Report of the Municipal Commissioner on the plague in Bombay for the year ending 31st May... - Volume 2
Disease focus: Plague
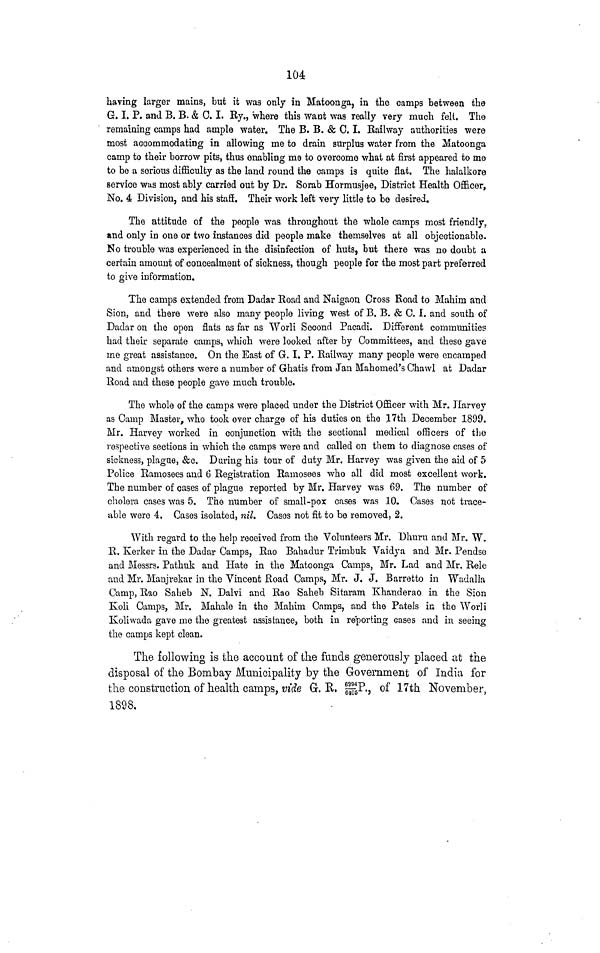
104
having larger mains, but it was only in Matoonga, in the camps between the
G. I. P. and B. B. & 0.1. By., where this want was really very much felt. The
remaining camps had ample water. The B. B. & 0.1. Railway authorities were
most accommodating in allowing me to drain surplus water from the Matoonga
camp to their borrow pits, thus enabling me to overcome what at first appeared to me
to be a serious difficulty as the land round the camps is quite flat. The halalkore
service was most ably carried out by Dr. Sorab Hormusjee, District Health Officer,
No. 4 Division, and his staff. Their work left very little to be desired.
The attitude of the people was throughout the whole camps most friendly,
and only in one or two instances did people make themselves at all objectionable.
No trouble was experienced in the disinfection of huts, but there was no doubt a
certain amount of concealment of sickness, though people for the most part preferred
to give information.
The camps extended from Dadar Road and Naigaon Cross Road to Mahim and
Sion, and there were also many people living west of B. B. & C. I. and south of
Dadar on the open flats as far as Worli Second Pacacli. Different communities
had their separate camps, which were looked after by Committees, and these gave
me great assistance. On the East of G. I. P. Railway many people were encamped
and amongst others were a number of Ghatis from Jan Mahomed's Chawl at Dadar
Road and these people gave much trouble.
The whole of the camps were placed under the District Officer with Mr. Harvey
as Camp Master, who took over charge of his duties on the 17th December 1899.
Mr. Harvey worked in conjunction with the sectional medical officers of the
respective sections in which the camps were and called on them to diagnose cases of
sickness, plague, &c. During his tour of duty Mr. Harvey was given the aid of 5
Police Ramosees and 6 Registration Ramosees who all did most excellent work.
The number of cases of plague reported by Mr. Harvey was 69. The number of
cholera cases was 5. The number of small-pox cases was 10. Cases not trace-
able were 4. Cases isolated, nil. Casos not fit to be removed, 2.
With regard to the help received from the Volunteers Mr. Dhuru and Mr. W.
R. Kerker in the Dadar Camps, Rao Bahadur Trimbuk Vaidya and Mr. Pendse
and Messrs. Pathuk and Hate in the Matoonga Camps, Mr. Lad and Mr. Rele
and Mr. Manjrekar in the Vincent Road Camps, Mr. J. J. Barretto in Wadalla
Camp, Rao Saheb N. Dalvi and Rao Saheb Sitaram Khanderao in the Sion
Koli Camps, Mr. Mahale in the Mahim Camps, and the Patels in the Worli
Ivoliwada gave me the greatest assistance, both in reporting cases and in seeing
the camps kept clean.
The following is the account of the funds generously placed at the
disposal of the Bombay Municipality by the Government of India for
the construction, of health camps, vide G-. R. SP*-j °f l"th November,
1898.